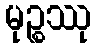
မုဉ္စဿု